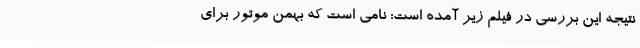
نتیجه این بررسی در فیلم زیر آمده است: نامی است که بهمن موتور برای